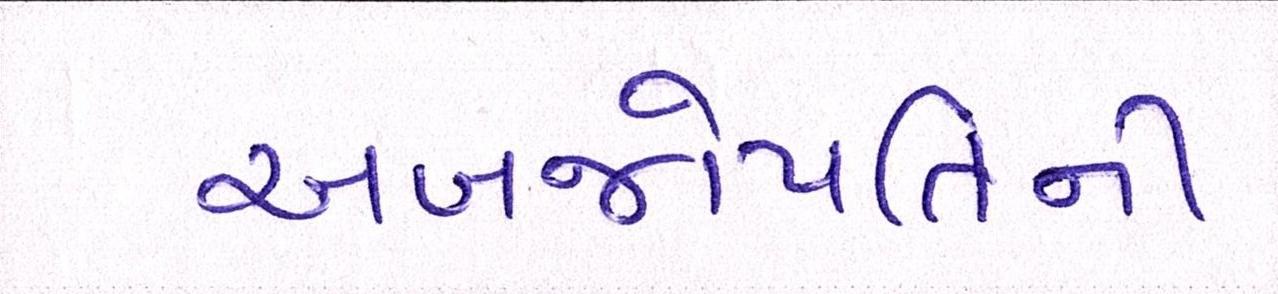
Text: અબજોપતિની